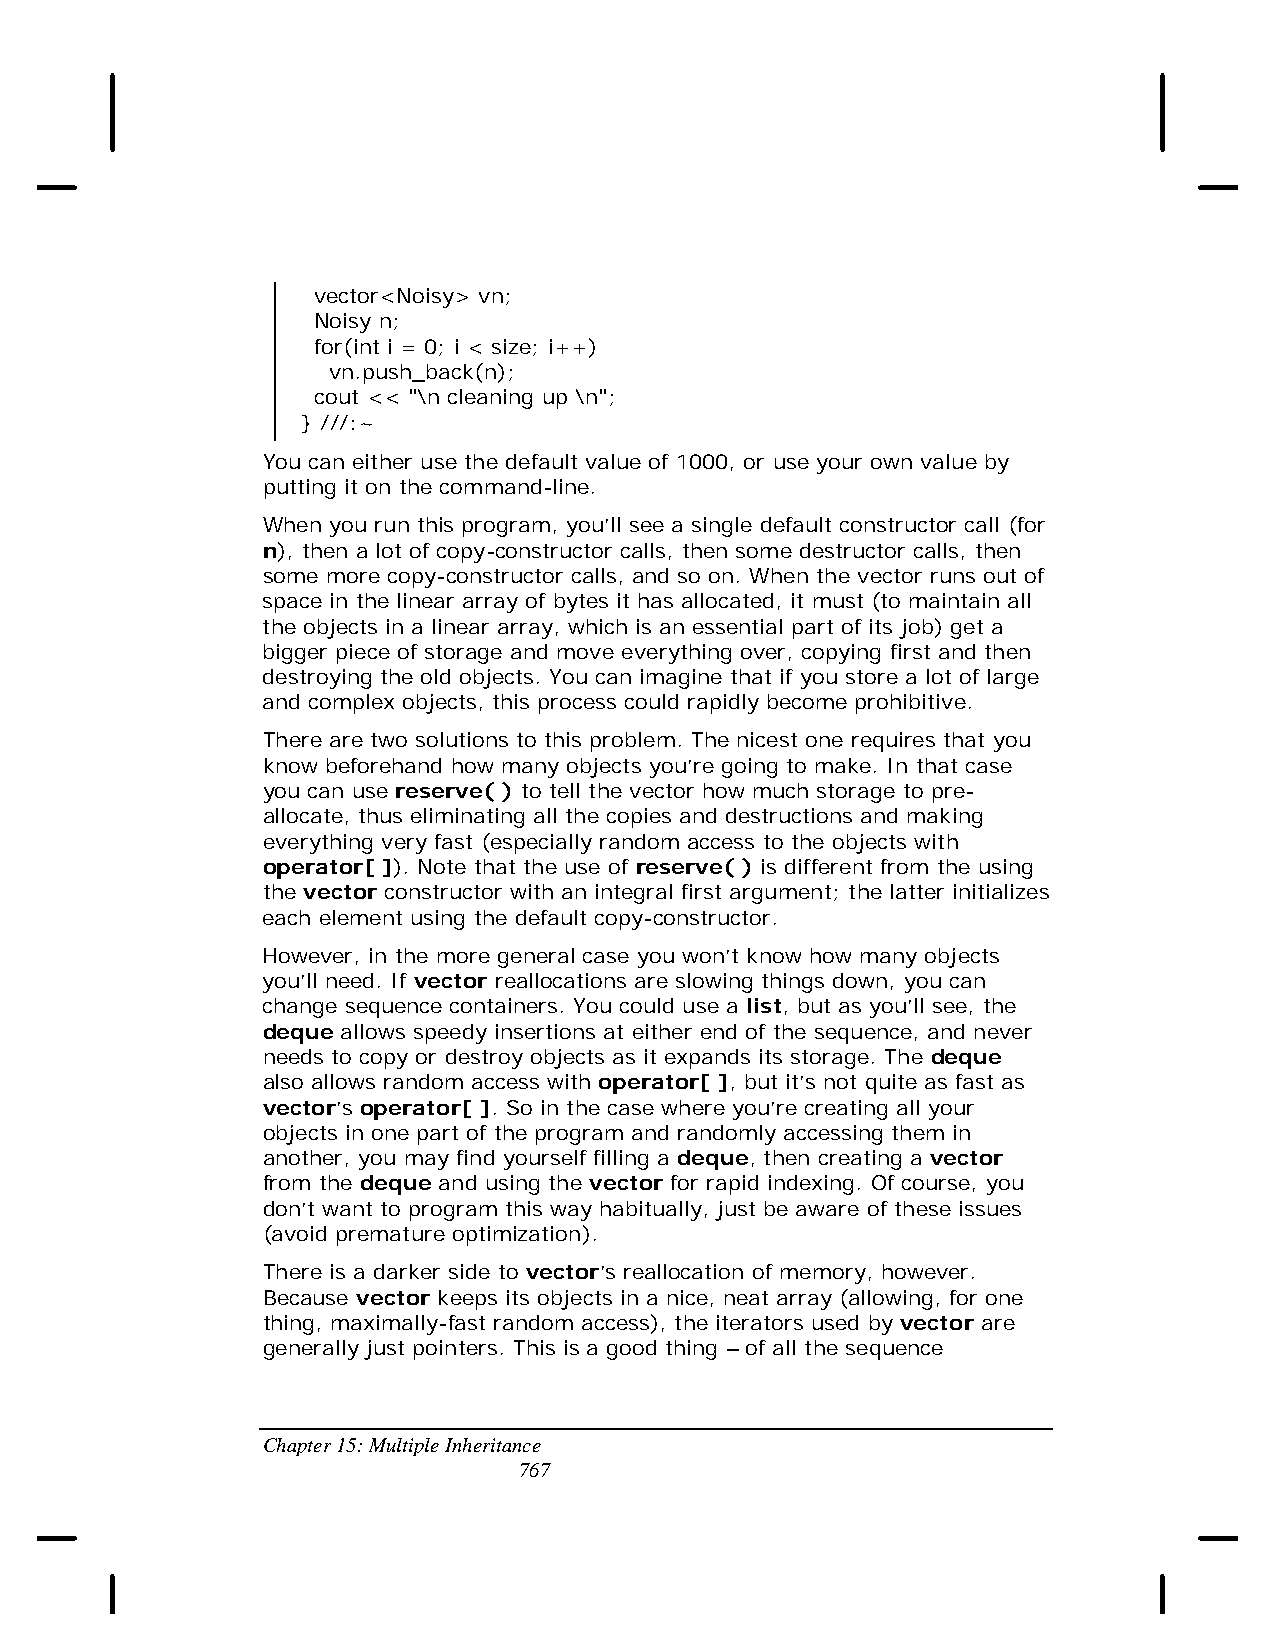
vector<Noisy> vn;
 Noisy n;
 for(int i = 0; i < size; i++)
 vn.push_back(n);
 cout << "\n cleaning up \n";
 } ///:~
 You can either use the default value of 1000, or use your own value by
 putting it on the command-line.
 When you run this program, you’ll see a single default constructor call (for
 n), then a lot of copy-constructor calls, then some destructor calls, then
 some more copy-constructor calls, and so on. When the vector runs out of
 space in the linear array of bytes it has allocated, it must (to maintain all
 the objects in a linear array, which is an essential part of its job) get a
 bigger piece of storage and move everything over, copying first and then
 destroying the old objects. You can imagine that if you store a lot of large
 and complex objects, this process could rapidly become prohibitive.
 There are two solutions to this problem. The nicest one requires that you
 know beforehand how many objects you’re going to make. In that case
 you can use reserve( ) to tell the vector how much storage to pre-
 allocate, thus eliminating all the copies and destructions and making
 everything very fast (especially random access to the objects with
 operator[ ]). Note that the use of reserve( ) is different from the using
 the vector constructor with an integral first argument; the latter initializes
 each element using the default copy-constructor.
 However, in the more general case you won’t know how many objects
 you’ll need. If vector reallocations are slowing things down, you can
 change sequence containers. You could use a list, but as you’ll see, the
 deque allows speedy insertions at either end of the sequence, and never
 needs to copy or destroy objects as it expands its storage. The deque
 also allows random access with operator[ ], but it’s not quite as fast as
 vector’s operator[ ]. So in the case where you’re creating all your
 objects in one part of the program and randomly accessing them in
 another, you may find yourself filling a deque, then creating a vector
 from the deque and using the vector for rapid indexing. Of course, you
 don’t want to program this way habitually, just be aware of these issues
 (avoid premature optimization).
 There is a darker side to vector’s reallocation of memory, however.
 Because vector keeps its objects in a nice, neat array (allowing, for one
 thing, maximally-fast random access), the iterators used by vector are
 generally just pointers. This is a good thing – of all the sequence
 Chapter 15: Multiple Inheritance
 767